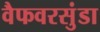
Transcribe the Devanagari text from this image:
वैफवरसुंडा